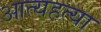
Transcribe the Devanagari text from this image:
आत्यहत्या